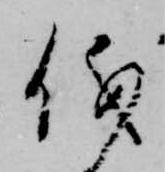
儀